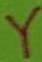
Text: Y